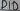
Text: D10